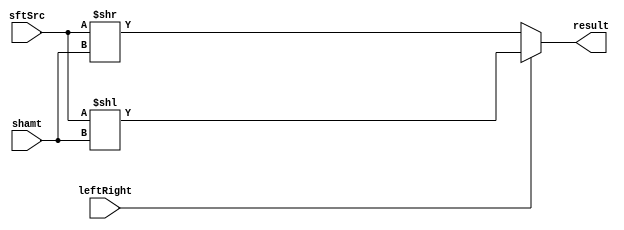
module Shifter( result, leftRight, shamt, sftSrc );

//I/O ports 
output	[32-1:0] result;

input			leftRight;
input	[32-1:0] shamt;
input	[32-1:0] sftSrc ;

//Internal Signals
wire	[32-1:0] result;
  
//Main function
assign result = leftRight ? (sftSrc << shamt) : (sftSrc >> shamt);


endmodule